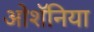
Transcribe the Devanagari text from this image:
ओशॅनिया